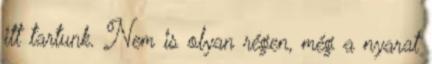
itt tartunk. Nem is olyan régen, még a nyarat